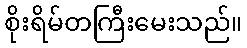
စိုးရိမ်တကြီးမေးသည်။